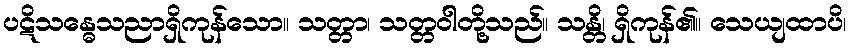
ပဋိသန္ဓေသညာရှိကုန်သော။ သတ္တာ၊ သတ္တဝါတို့သည်။ သန္တိ၊ ရှိကုန်၏။ သေယျထာပိ၊